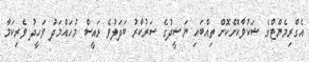
އެގްރިމެންޓްގެ ޝަކުވާކޮށްކޮށް ތިއްބައި ނަޝީދުގެ ސަރުކާރު ބަދަލުވެ ރައީސް މުހައްމަދު ވަހީދު ވެރިކަމާ